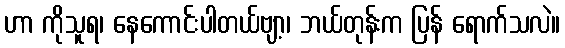
ဟာ ကိုသူရ၊ နေကောင်းပါတယ်ဗျာ့၊ ဘယ်တုန်းက ပြန် ရောက်သလဲ။